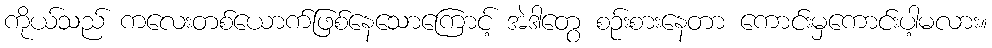
ကိုယ်သည် ကလေးတစ်ယောက်ဖြစ်နေသောကြောင့် အဲဒါတွေ စဉ်းစားနေတာ ကောင်းမှကောင်းပါ့မလား။